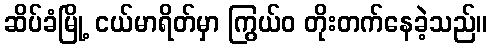
ဆိပ်ခံမြို့ ငယ်မာရိတ်မှာ ကြွယ်ဝ တိုးတက်နေခဲ့သည်။